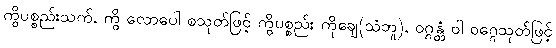
ကွိပစ္စည်းသက်, ကွိ လောပေါ စသုတ်ဖြင့် ကွိပစ္စည်း ကိုချေ(သံဘူ), ဝဂ္ဂန္တံ ဝါ ဝဂ္ဂေသုတ်ဖြင့်